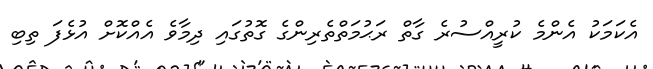
އެކަމަކު އެންމެ ކުރީއްސުރެ ގާތް ރަޙުމަތްތެރިންގެ ގޮތުގައި ދިމާވެ އެއްކޮށް އުޅެފަ ތިބި